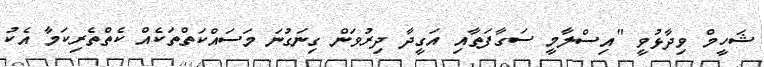
ޝަހީމް ވިދާޅުވީ "އިސްލާމީ ސަގާފަތާއި އަގީދާ ދިރުވަން ގިނަގުނަ މަސައްކަތްތަކެއް ކެތްތެރިކަމާ އެކު